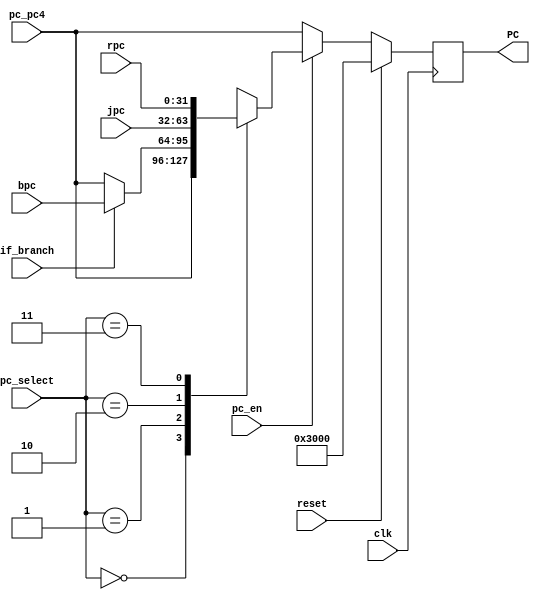
`timescale 1ns / 1ps
//////////////////////////////////////////////////////////////////////////////////
// Company: 
// Engineer: 
// 
// Design Name: 
// Module Name:    pc_IFU 
// Project Name: 
// Target Devices: 
// Tool versions: 
// Description: 
//
// Dependencies: 
//
// Revision: 
// Revision 0.01 - File Created
// Additional Comments: 
//
//////////////////////////////////////////////////////////////////////////////////
module pc_IFU(
    input clk,
	 input reset,
    input [31:0] pc_pc4,
    input [31:0] bpc,
    input [31:0] jpc,
    input [31:0] rpc,
    input [1:0] pc_select,
	 input if_branch,
	 input pc_en,
    output [31:0] PC
    );
reg [31:0]_PC;
initial begin
_PC=32'h00003000;
end  
always @(posedge clk)begin
	if(reset)
		_PC<=32'h00003000;
	else if(pc_en)begin
		case(pc_select)
		2'b00: _PC<=pc_pc4;
		2'b01: _PC<=(if_branch==1)? bpc:pc_pc4;
		2'b10: _PC<=jpc;
		2'b11: _PC<=rpc;
		default:_PC<=32'h00003000;
		endcase
	end
	else begin
	_PC<=pc_pc4;
	end
end
assign PC=_PC;

endmodule